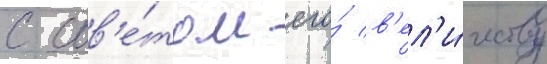
с сов'е́том его́ в'ел'и́честву